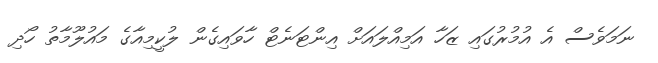
ނަމަވެސް އެ އުމުރުގައި ޒަހާ އަމިއްލައަށް އިންޓަނެޓް ހާވައިގެން ލުކީމިއާގެ މައުލޫމާތު ހޯދި